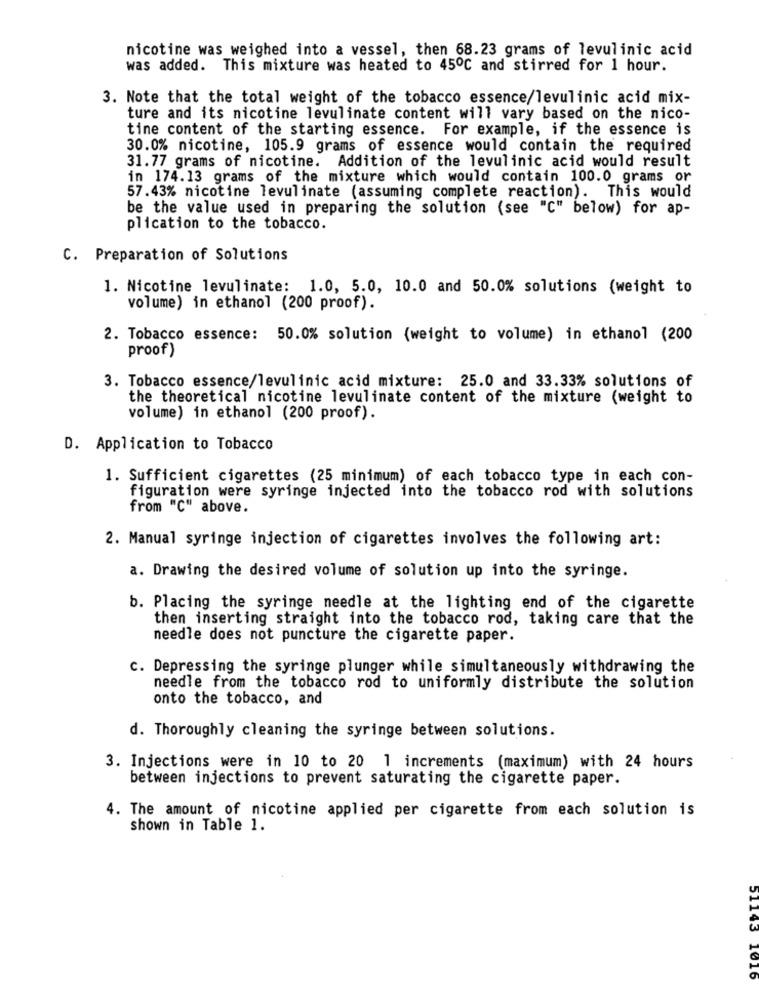
nicotine was weighed into a vessel, then 68.23 grams of levulinic acid
was added. This mixture was heated to 450℃ and stirred for 1 hour.
3. Note that the total weight of the tobacco essence/levulinic acid mix-
ture and its nicotine levulinate content will vary based on the nico-
tine content of the starting essence. For example, if the essence is
30.0% nicotine, 105.9 grams of essence would contain the required
31.77 grams of nicotine. Addition of the levulinic acid would result
in 174.13 grams of the mixture which would contain 100.0 grams or
57.43% nicotine levulinate (assuming complete reaction). This would
be the value used in preparing the solution (see "C" below) for ap-
plication to the tobacco.
C. Preparation of Solutions
1. Nicotine levulinate: 1.0, 5.0, 10.0 and 50.0% solutions (weight to
volume) in ethanol (200 proof).
2. Tobacco essence: 50.0% solution (weight to volume) in ethanol (200
proof)
3. Tobacco essence/levulinic acid mixture: 25.0 and 33.33% solutions of
the theoretical nicotine levulinate content of the mixture (weight to
volume) in ethanol (200 proof).
D. Application to Tobacco
1. Sufficient cigarettes (25 minimum) of each tobacco type in each con-
figuration were syringe injected into the tobacco rod with solutions
from "C" above.
2. Manual syringe injection of cigarettes involves the following art:
a. Drawing the desired volume of solution up into the syringe.
b. Placing the syringe needle at the lighting end of the cigarette
then inserting straight into the tobacco rod, taking care that the
needle does not puncture the cigarette paper.
c. Depressing the syringe plunger while simultaneously withdrawing the
needle from the tobacco rod to uniformly distribute the solution
onto the tobacco, and
d. Thoroughly cleaning the syringe between solutions.
3. Injections were in 10 to 20 1 increments (maximum) with 24 hours
between injections to prevent saturating the cigarette paper.
4. The amount of nicotine applied per cigarette from each solution is
shown in Table 1.
OTOT SOTTC